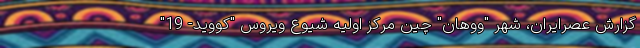
گزارش عصرایران، شهر "ووهان" چین مرکز اولیه شیوع ویروس "کووید- 19"